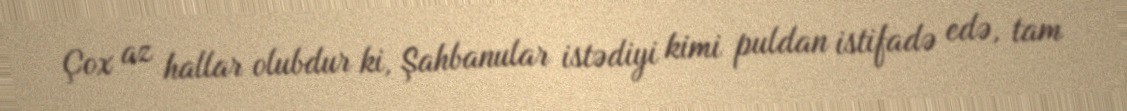
Çox az hallar olubdur ki, Şahbanular istədiyi kimi puldan istifadə edə, tam